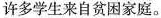
许多学生来自贫困家庭。